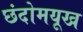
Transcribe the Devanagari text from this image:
छंदोमयूख